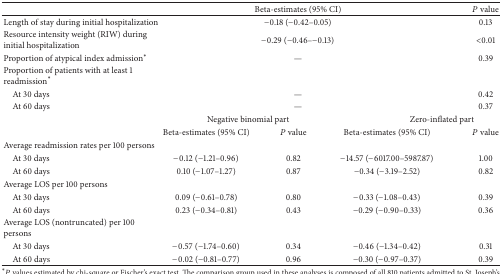
<table><thead><tr><td><b> </b></td><td colspan="3"><b>Beta-estimates (95% CI)</b></td><td><b><i>P</i> value</b></td></tr></thead><tbody><tr><td>Length of stay during initial hospitalization</td><td colspan="3">−0.18 (−0.42–0.05)</td><td>0.13</td></tr><tr><td>Resource intensity weight (RIW) during initial hospitalization</td><td colspan="3">−0.29 (−0.46–−0.13)</td><td>&lt;0.01</td></tr><tr><td>Proportion of atypical index admission<sup><i>∗</i></sup></td><td colspan="3">—</td><td>0.39</td></tr><tr><td>Proportion of patients with at least 1 readmission<sup><i>∗</i></sup></td><td colspan="3"> </td><td> </td></tr><tr><td> At 30 days</td><td colspan="3">—</td><td>0.42</td></tr><tr><td> At 60 days</td><td colspan="3">—</td><td>0.37</td></tr><tr><td rowspan="2"> </td><td colspan="2">Negative binomial part</td><td colspan="2"> Zero-inflated part</td></tr><tr><td>Beta-estimates (95% CI)</td><td><i>P</i> value</td><td>Beta-estimates (95% CI)</td><td><i>P</i> value</td></tr><tr><td>Average readmission rates per 100 persons</td><td> </td><td> </td><td> </td><td> </td></tr><tr><td> At 30 days</td><td>−0.12 (−1.21–0.96)</td><td>0.82</td><td>−14.57 (−6017.00–5987.87)</td><td>1.00</td></tr><tr><td> At 60 days</td><td>0.10 (−1.07–1.27)</td><td>0.87</td><td>−0.34 (−3.19–2.52)</td><td>0.82</td></tr><tr><td>Average LOS per 100 persons</td><td> </td><td> </td><td> </td><td> </td></tr><tr><td> At 30 days</td><td>0.09 (−0.61–0.78)</td><td>0.80</td><td>−0.33 (−1.08–0.43)</td><td>0.39</td></tr><tr><td> At 60 days</td><td>0.23 (−0.34–0.81)</td><td>0.43</td><td>−0.29 (−0.90–0.33)</td><td>0.36</td></tr><tr><td>Average LOS (nontruncated) per 100 persons</td><td> </td><td> </td><td> </td><td> </td></tr><tr><td> At 30 days</td><td>−0.57 (−1.74–0.60)</td><td>0.34</td><td>−0.46 (−1.34–0.42)</td><td>0.31</td></tr><tr><td> At 60 days</td><td>−0.02 (−0.81–0.77)</td><td>0.96</td><td>−0.30 (−0.97–0.37)</td><td>0.39</td></tr></tbody></table>